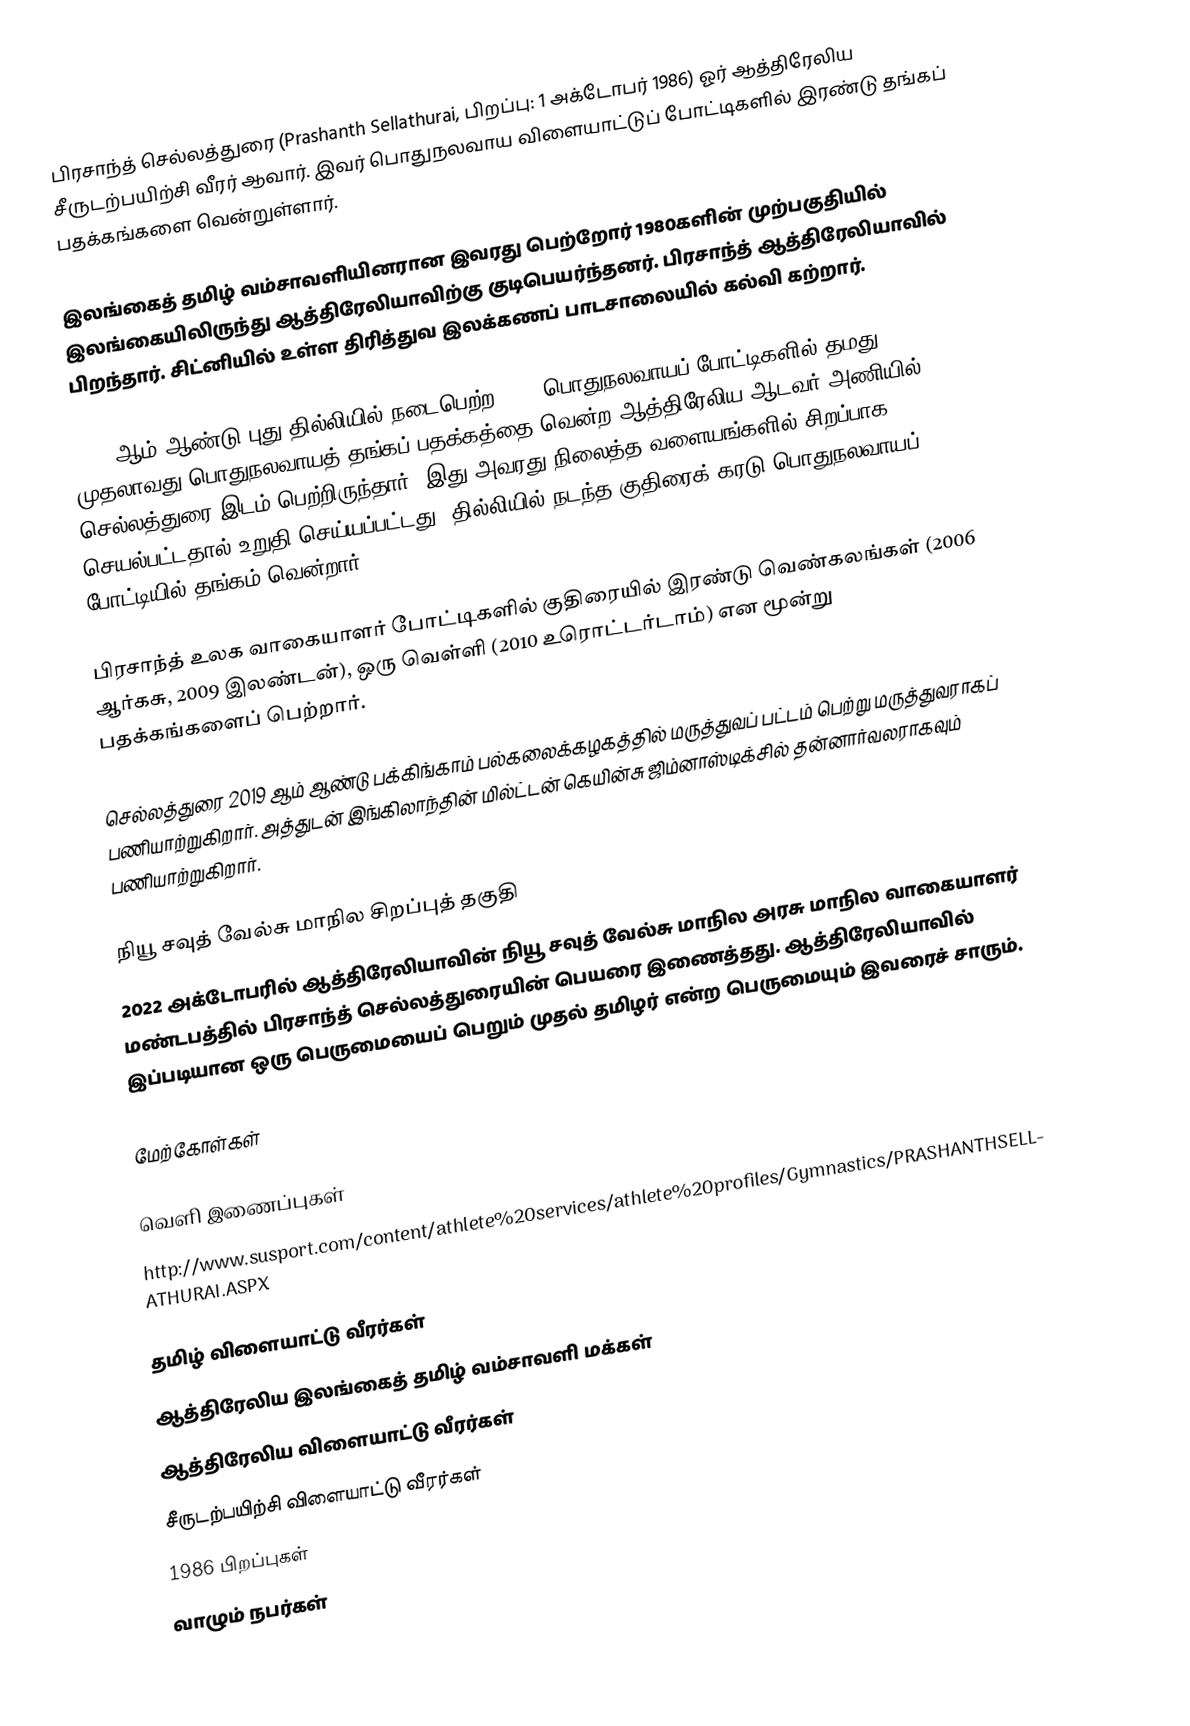
பிரசாந்த் செல்லத்துரை (Prashanth Sellathurai, பிறப்பு: 1 அக்டோபர் 1986) ஓர் ஆத்திரேலிய சீருடற்பயிற்சி வீரர் ஆவார். இவர் பொதுநலவாய விளையாட்டுப் போட்டிகளில் இரண்டு தங்கப் பதக்கங்களை வென்றுள்ளார்.

இலங்கைத் தமிழ் வம்சாவளியினரான இவரது பெற்றோர் 1980களின் முற்பகுதியில் இலங்கையிலிருந்து ஆத்திரேலியாவிற்கு குடிபெயர்ந்தனர். பிரசாந்த் ஆத்திரேலியாவில் பிறந்தார். சிட்னியில் உள்ள திரித்துவ இலக்கணப் பாடசாலையில் கல்வி கற்றார்.

2010 ஆம் ஆண்டு புது தில்லியில் நடைபெற்ற 2010 பொதுநலவாயப் போட்டிகளில் தமது முதலாவது பொதுநலவாயத் தங்கப் பதக்கத்தை வென்ற ஆத்திரேலிய ஆடவர் அணியில் செல்லத்துரை இடம் பெற்றிருந்தார், இது அவரது நிலைத்த வளையங்களில் சிறப்பாக செயல்பட்டதால் உறுதி செய்யப்பட்டது. தில்லியில் நடந்த குதிரைக் கரடு பொதுநலவாயப் போட்டியில் தங்கம் வென்றார்.

பிரசாந்த் உலக வாகையாளர் போட்டிகளில் குதிரையில் இரண்டு வெண்கலங்கள் (2006 ஆர்கசு, 2009 இலண்டன்), ஒரு வெள்ளி (2010 உரொட்டர்டாம்) என மூன்று பதக்கங்களைப் பெற்றார்.

செல்லத்துரை 2019 ஆம் ஆண்டு பக்கிங்காம் பல்கலைக்கழகத்தில் மருத்துவப் பட்டம் பெற்று மருத்துவராகப் பணியாற்றுகிறார். அத்துடன் இங்கிலாந்தின் மில்ட்டன் கெயின்சு ஜிம்னாஸ்டிக்சில் தன்னார்வலராகவும் பணியாற்றுகிறார்.

நியூ சவுத் வேல்சு மாநில சிறப்புத் தகுதி
2022 அக்டோபரில் ஆத்திரேலியாவின் நியூ சவுத் வேல்சு மாநில அரசு மாநில வாகையாளர் மண்டபத்தில் பிரசாந்த் செல்லத்துரையின் பெயரை இணைத்தது. ஆத்திரேலியாவில் இப்படியான ஒரு பெருமையைப் பெறும் முதல் தமிழர் என்ற பெருமையும் இவரைச் சாரும்.

மேற்கோள்கள்

வெளி இணைப்புகள்
 http://www.susport.com/content/athlete%20services/athlete%20profiles/Gymnastics/PRASHANTHSELLATHURAI.ASPX

தமிழ் விளையாட்டு வீரர்கள்
ஆத்திரேலிய இலங்கைத் தமிழ் வம்சாவளி மக்கள்
ஆத்திரேலிய விளையாட்டு வீரர்கள்
சீருடற்பயிற்சி விளையாட்டு வீரர்கள்
1986 பிறப்புகள்
வாழும் நபர்கள்